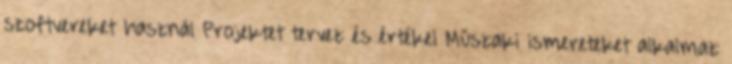
szoftvereket használ Projektet tervez és értékel Műszaki ismereteket alkalmaz